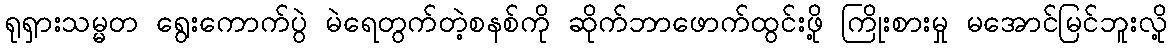
ရုရှားသမ္မတ ရွေးကောက်ပွဲ မဲရေတွက်တဲ့စနစ်ကို ဆိုက်ဘာဖောက်ထွင်းဖို့ ကြိုးစားမှု မအောင်မြင်ဘူးလို့